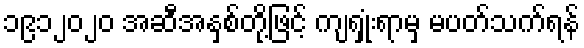
၁၉၁၂၀၂၀ အဆီအနှစ်တို့ဖြင့် ကျရှုံးရာမှ မပတ်သက်ရန်